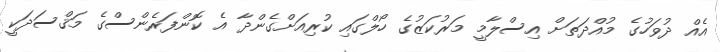
އެއް ދުވަހުގެ މުއްދަތަށް އިސްލާމީ މަރުކަޒުގެ ހޯލްގައި ކުރިއަށްގެންދާ އެ ކޮންފަރެންސްގެ މަޤްސަދަކީ